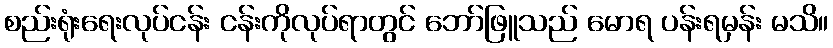
စည်းရုံးရေးလုပ်ငန်း ငန်းကိုလုပ်ရာတွင် ဘော်ဖြူသည် မောရ ပန်းရမှန်း မသိ။